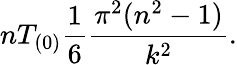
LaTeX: nT_{(0)}{\frac{1}{6}}{\frac{\pi^{2}(n^{2}-1)}{k^{2}}}.